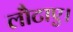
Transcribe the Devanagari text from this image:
लौटाए।